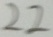
2 2